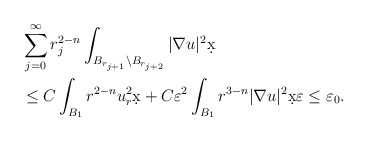
\begin{align*}&\sum_{j = 0}^{\infty} r_{j}^{2-n}\int_{B_{r_{j+1}}\setminus B_{r_{j+2}}} |\nabla u|^2 \d x \\& \leq C \int_{B_{1}} r^{2-n} u_r^2 \d x + C \varepsilon^2 \int_{B_{1}} r^{3-n}|\nabla u|^2 \d x \varepsilon \leq \varepsilon_0.\end{align*}